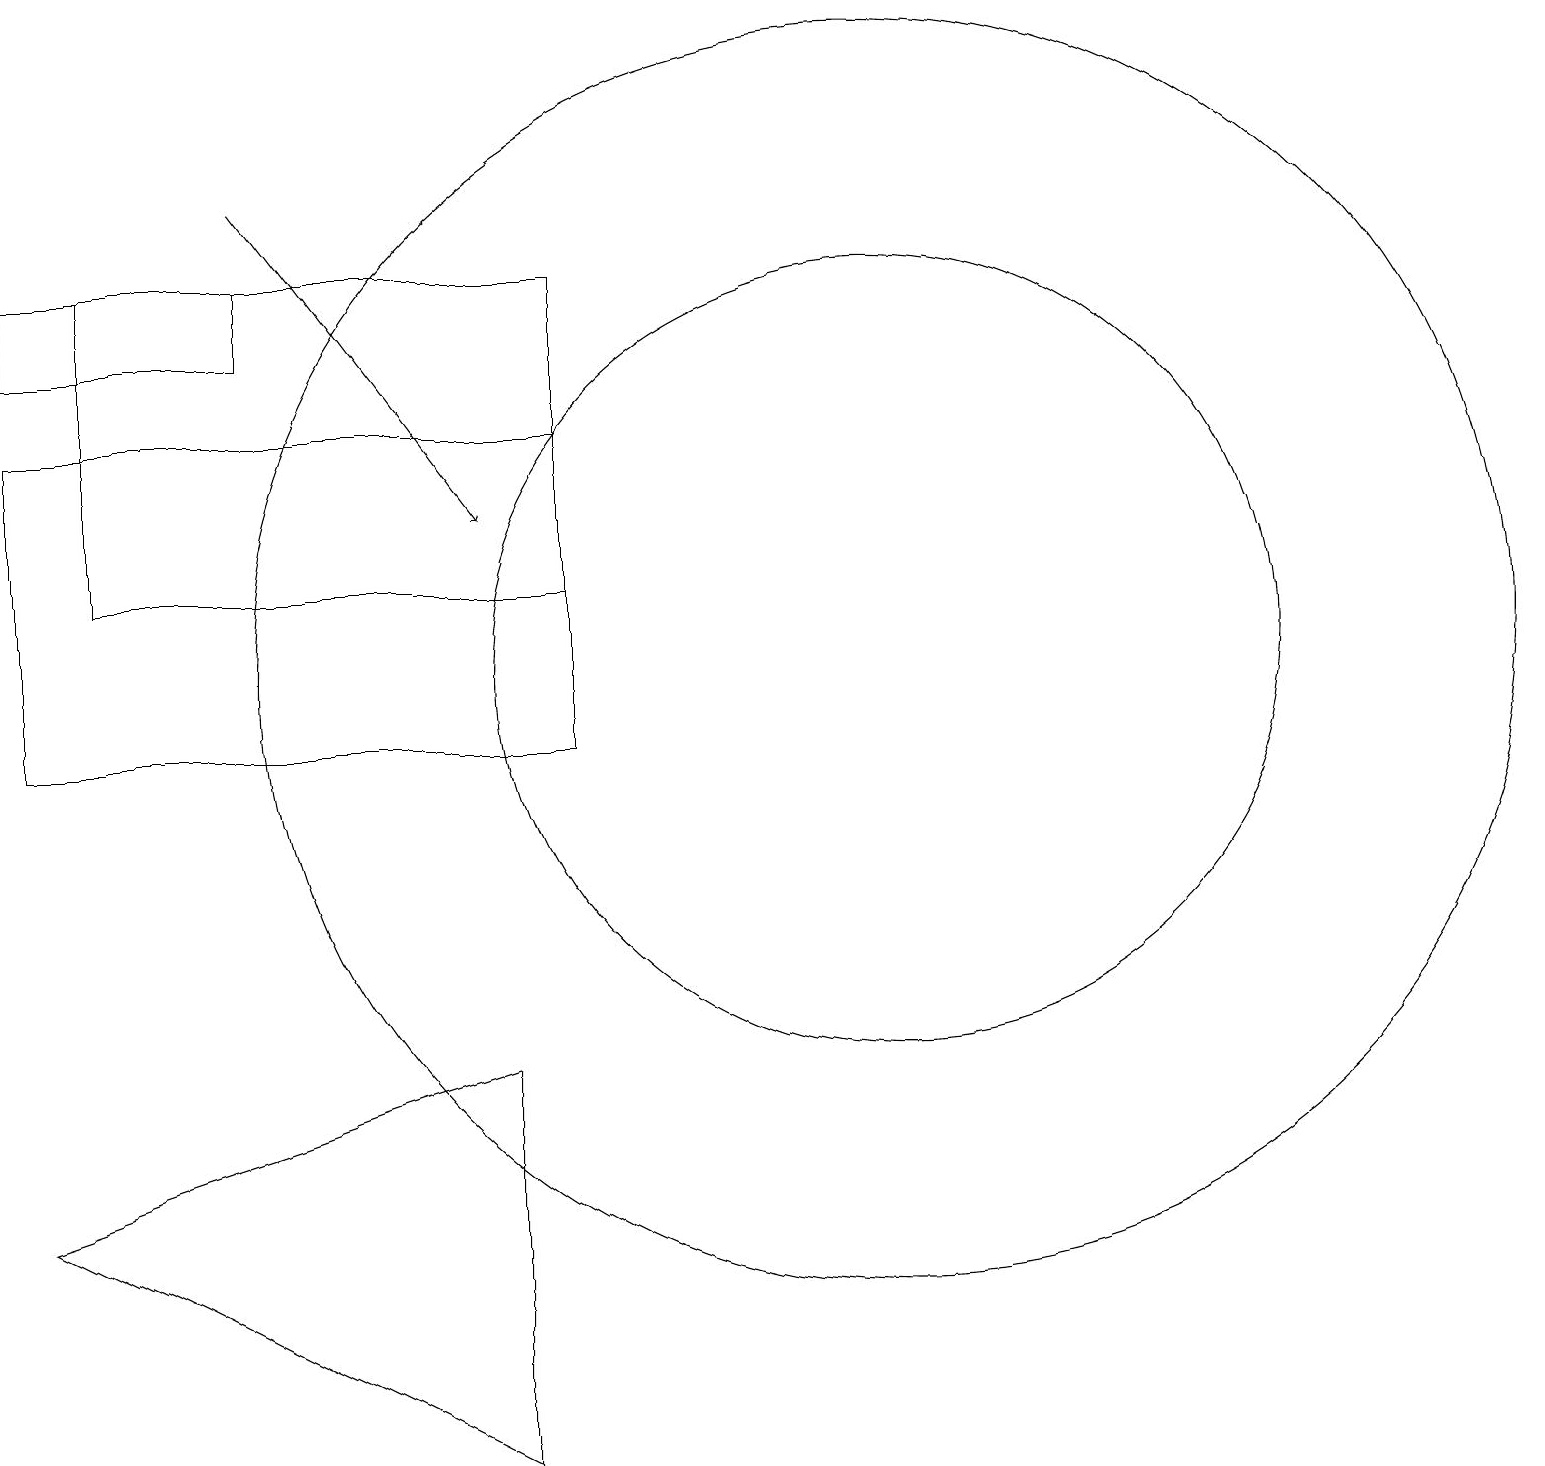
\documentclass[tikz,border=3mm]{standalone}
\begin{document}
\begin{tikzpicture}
\draw (3,15) rectangle (0,16);
\draw (7,16) rectangle (1,12);
\draw (6,6) -- (0,4) -- (6,1) -- cycle;
\draw[->] (3,17) -- (6,13);
\draw (11,11) circle (5);
\draw (7,14) rectangle (0,10);
\draw (11,11) circle (8);
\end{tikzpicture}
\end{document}